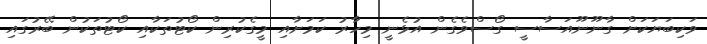
ވަކިބަޔަކަށް ގާނޫނޫއަސާސީ ގޯސްވެގެން އުޅެނީ މިހާރު ކަމަށާއި މީގެކުރިން ކޯޓުތަކާއި ކޯޓުތަކުން ބޭރުގައި